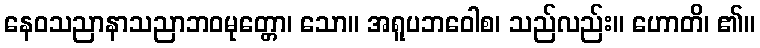
နေဝသညာနာသညာဘဝမုတ္တော၊ သော။ အရူပဘဝေါစ၊ သည်လည်း။ ဟောတိ၊ ၏။